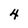
Character: 4